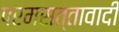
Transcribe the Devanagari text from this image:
परमसत्तावादी